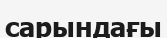
сарындағы